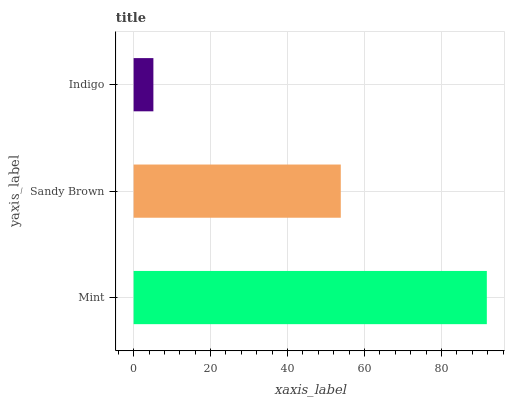
| yaxis_label | bars |
 | --- | --- |
 | Mint | 91.8 |
 | Sandy Brown | 53.8 |
 | Indigo | 5.14 |